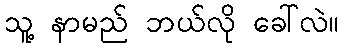
သူ့ နာမည် ဘယ်လို ခေါ်လဲ။